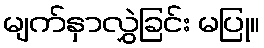
မျက်နှာလွှဲခြင်း မပြု။